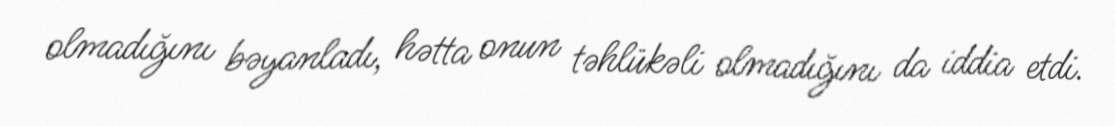
olmadığını bəyanladı, hətta onun təhlükəli olmadığını da iddia etdi.